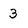
Character: 3